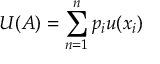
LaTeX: U ( A ) = \sum _ { n = 1 } ^ { n } p _ { i } u ( x _ { i } )